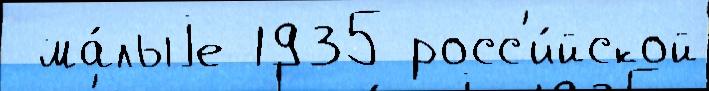
 ма́лыjе 1935 росс'и́йской